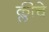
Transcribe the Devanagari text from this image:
क्लीचे